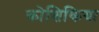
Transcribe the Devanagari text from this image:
कोशिकिया